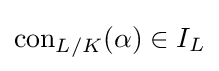
\operatorname {con} _{L/K}(\alpha )\in I_{L}